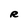
Character: R